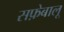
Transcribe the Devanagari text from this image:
सफ़ेबालू